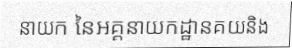
នាយក នៃអគ្គនាយកដ្ឋានគយនិង